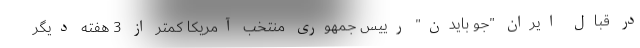
در قبال ایران "جو بایدن" رییس جمهوری منتخب آمریکا کمتر از 3 هفته دیگر